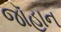
જૉહાન